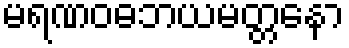
မရဏဝဓဘယမတ္တနော